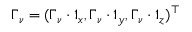
\boldsymbol { \Gamma } _ { \nu } = ( \boldsymbol { \Gamma } _ { \nu } \boldsymbol { \cdot } \boldsymbol { 1 } _ { x } , \boldsymbol { \Gamma } _ { \nu } \boldsymbol { \cdot } \boldsymbol { 1 } _ { y } , \boldsymbol { \Gamma } _ { \nu } \boldsymbol { \cdot } \boldsymbol { 1 } _ { z } ) ^ { \top }